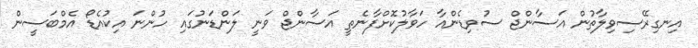
އިނގިރޭސިވިލާތުން އަސާންޖް ސުވިޑެންއާ ހަވާލުކޮށްފާނެތީ އަސާންޖް ވަނީ ލަންޑަނުގައި ހުންނަ އިކުއެޑޯ އެމްބަސީން